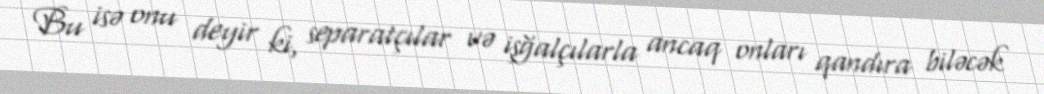
Bu isə onu deyir ki, separatçılar və işğalçılarla ancaq onları qandıra biləcək